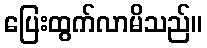
ပြေးထွက်လာမိသည်။